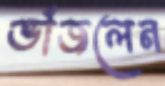
ভাঁজলেন